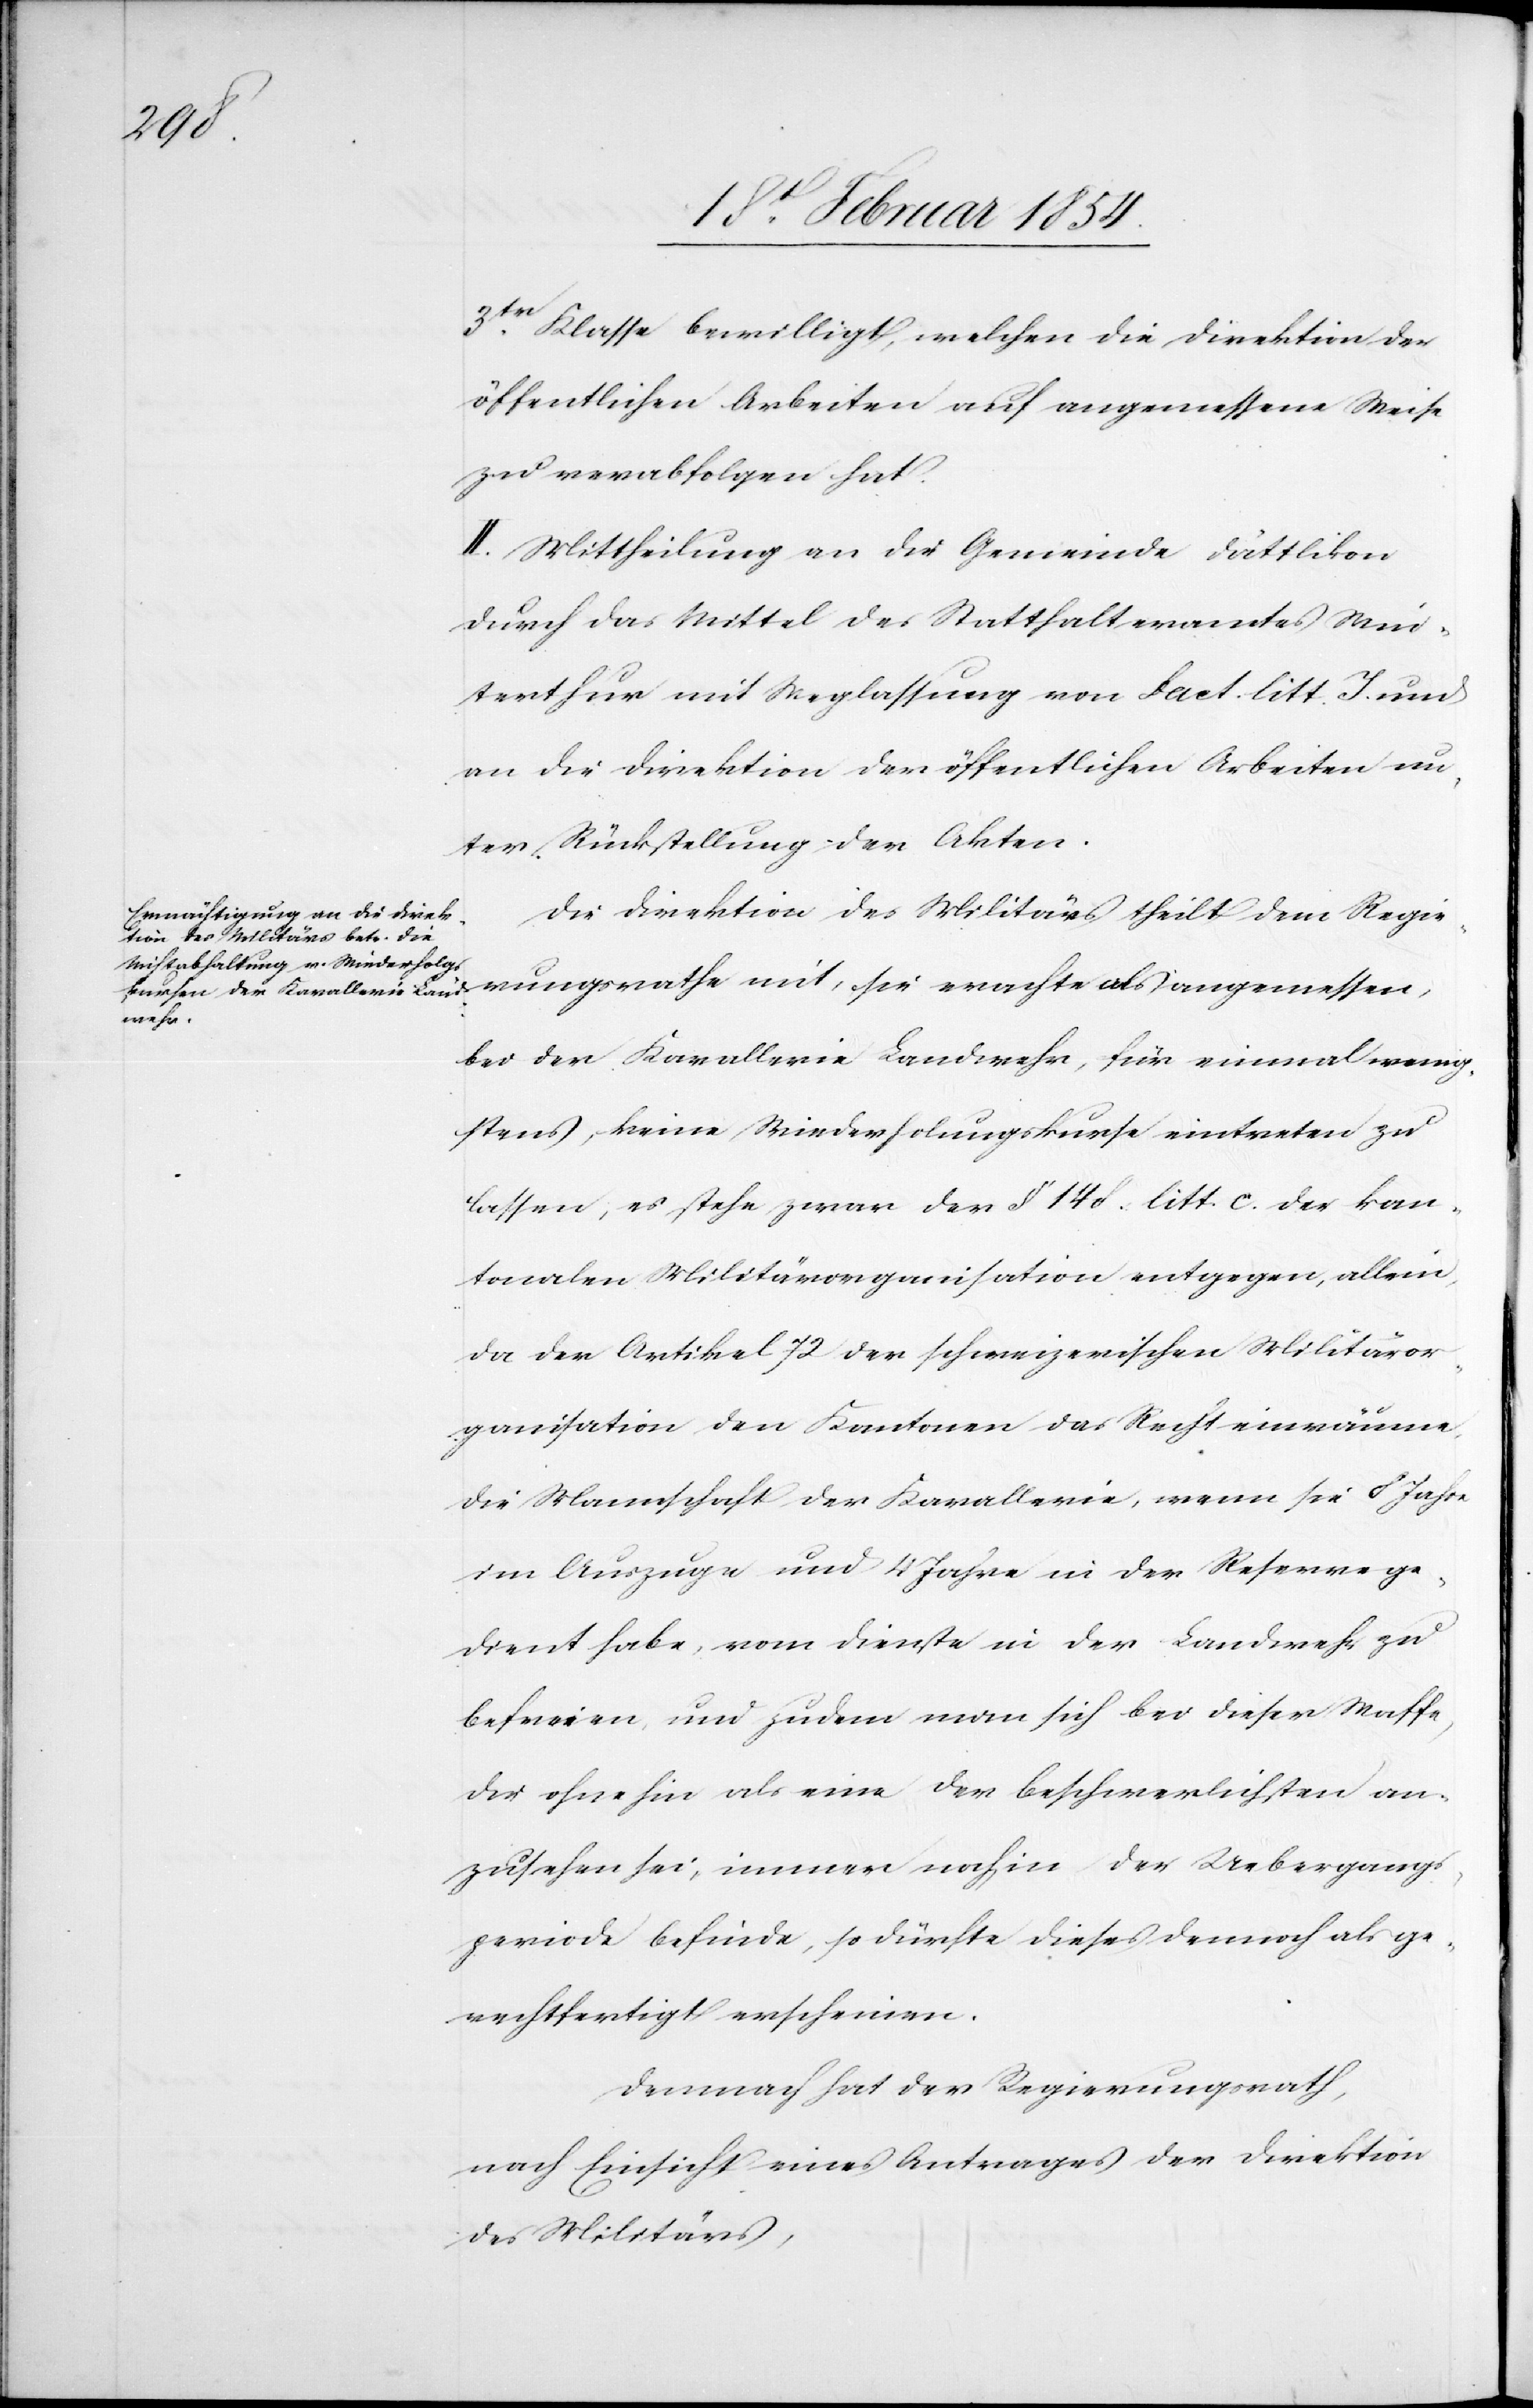
3tr Klasse bewilligt, welchen die Direktion der
öffentlichen Arbeiten auf angemessene Weise
zu verabfolgen hat.
II. Mittheilung an die Gemeinde Dättlikon
durch das Mittel des Statthalteramtes Win¬
terthur mit Weglassung von Fact. litt. I und
an die Direktion der öffentlichen Arbeiten un¬
ter Rückstellung der Akten.
Die Direktion des Militärs theilt dem Regie¬
rungsrathe mit, sie erachte als angemessen,
bei der Kavallerie Landwehr, für einmal wenig¬
stens, keine Wiederholungskurse eintreten zu
lassen, es stehe zwar der § 14 d. litt. c. der kan¬
tonalen Militärorganisation entgegen, allein,
da der Artikel 72 der schweizerischen Militäror¬
ganisation den Kantonen das Recht einräume,
die Mannschaft der Kavallerie, wenn sie 8 Jahre
im Auszuge und 4 Jahre in der Reserve ge¬
dient habe, vom Dienste in der Landwehr zu
befreien, und zudem man sich bei dieser Waffe,
die ohne hin als eine der beschwerlichsten an¬
zusehen sei, immer noch in der Uebergangs¬
periode befinde, so dürfte dieses dennoch als ge¬
rechtfertigt erscheinen.
Demnach hat der Regierungsrath,
nach Einsicht eines Antrages der Direktion
des Militärs,